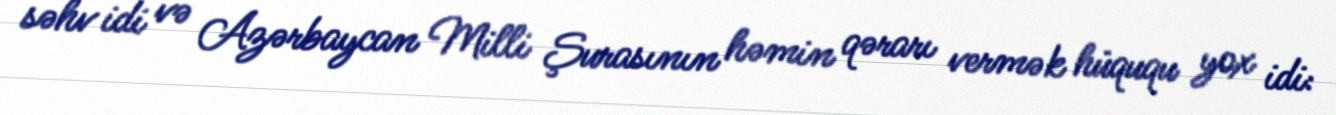
səhv idi və Azərbaycan Milli Şurasının həmin qərarı vermək hüququ yox idi: